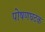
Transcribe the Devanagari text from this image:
पोषणघटक